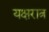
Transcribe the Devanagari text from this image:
यक्षरात्र